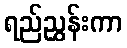
ရည်ညွှန်းကာ